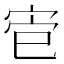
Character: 𫳄